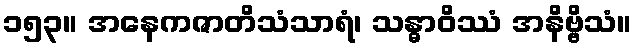
၁၅၃။ အနေကဇာတိသံသာရံ၊ သန္ဓာဝိဿံ အနိဗ္ဗိသံ။